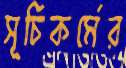
সূচিকর্মের